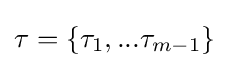
\tau =\lbrace \tau _{1},...\tau _{m-1}\rbrace